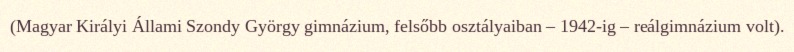
(Magyar Királyi Állami Szondy György gimnázium, felsőbb osztályaiban – 1942-ig – reálgimnázium volt).